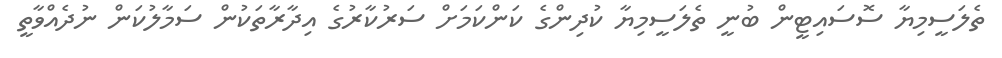
ތެލަސީމިޔާ ސޮސައިޓީން ބުނީ ތެލަސީމިޔާ ކުދިންގެ ކަންކަމަށް ސަރުކާރުގެ އިދާރާތަކުން ސަމާލުކަން ނުދެއްވާތީ